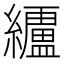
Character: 𮉗